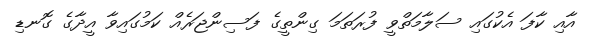
އާއި ކާފަ އެކުގައި ސަލާމަތްވީ ފުރަތަމަ ގިންތީގެ ފަސިންޖަރެއް ކަމުގައިވާ އީދާގެ ގޮނޑި